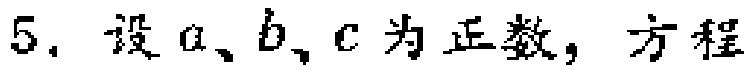
5. 设 \(a、b、c\) 为正数，方程